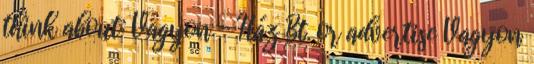
think about: Vagyon - Ház Bt. or advertise Vagyon